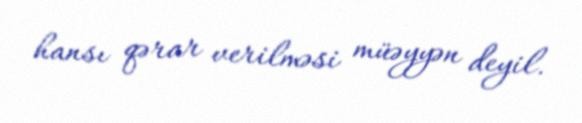
hansı qərar verilməsi müəyyən deyil.